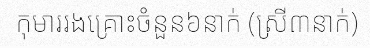
កុមាររងគ្រោះចំនួន៦នាក់ (ស្រី៣នាក់)